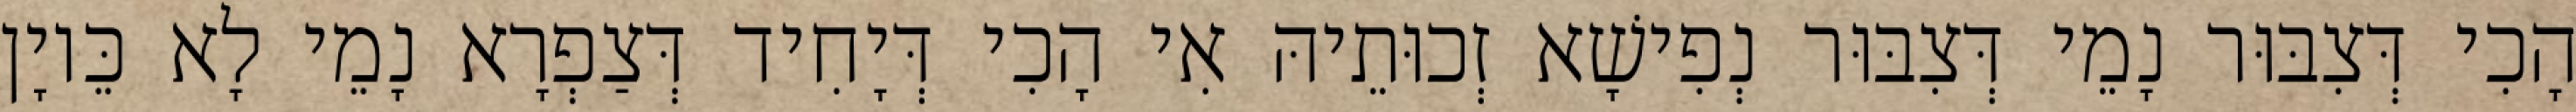
הָכִי דְּצִבּוּר נָמֵי דְּצִבּוּר נְפִישָׁא זְכוּתֵיהּ אִי הָכִי דְּיָחִיד דְּצַפְרָא נָמֵי לָא כֵּיוָן